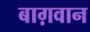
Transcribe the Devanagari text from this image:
बाग़वान